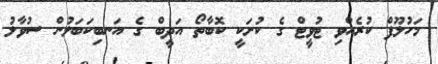
މަހުލޫފް ކުރެއްވި ޓުވީޓް ގެ ކުށަކީ ކޮބާތޯ އަދީބް ގެ އަނބިކަބަލުން ސުވާލު